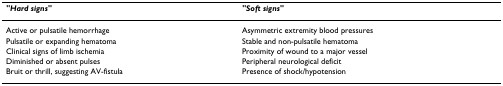
<table><thead><tr><td><b><i>&quot;Hard signs&quot;</i></b></td><td><b><i>&quot;Soft signs&quot;</i></b></td></tr></thead><tbody><tr><td>Active or pulsatile hemorrhage</td><td>Asymmetric extremity blood pressures</td></tr><tr><td>Pulsatile or expanding hematoma</td><td>Stable and non-pulsatile hematoma</td></tr><tr><td>Clinical signs of limb ischemia</td><td>Proximity of wound to a major vessel</td></tr><tr><td>Diminished or absent pulses</td><td>Peripheral neurological deficit</td></tr><tr><td>Bruit or thrill, suggesting AV-fistula</td><td>Presence of shock/hypotension</td></tr></tbody></table>